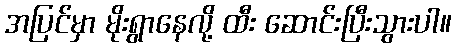
အပြင်မှာ မိုးရွာနေလို့ ထီး ဆောင်းပြီးသွားပါ။